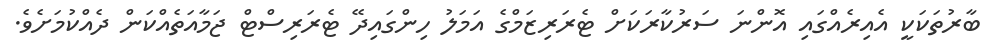
ބާރުތަކަކީ އެއިރެއްގައި އޮންނަ ސަރުކާރަކަށް ޓެރަރިޒަމްގެ އަމަލު ހިންގައިދޭ ޓެރަރިސްޓް ޖަމާއަތެއްކަން ދެއްކުމަށެވެ.